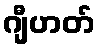
ဂျီဟတ်